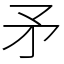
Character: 矛